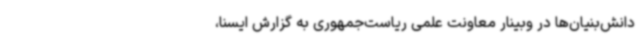
دانش‌بنیان‌ها در وبینار معاونت علمی ریاست‌جمهوری به گزارش ایسنا،